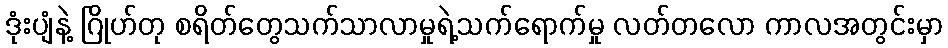
ဒုံးပျံနဲ့ ဂြိုဟ်တု စရိတ်တွေသက်သာလာမှုရဲ့သက်ရောက်မှု လတ်တလော ကာလအတွင်းမှာ